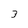
Character: 3